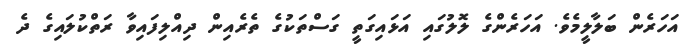
އަހަރެން ބަލާލީމެވެ. އަހަރެންގެ ލޮލުގައި އަޅައިގަތީ ގަސްތަކުގެ ތެރެއިން ދިއްލިފައިވާ ރަތްކުލައިގެ ދެ